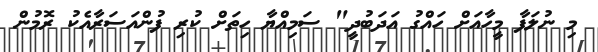
މި ނުލަފާ މީހާއަށް ހައްގު އަދަބުދީ" ސަމިއްޔާ ހިތަށް ކުރި ފުންއަސަރާއެކު ރޮމުން